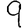
Digit: 9